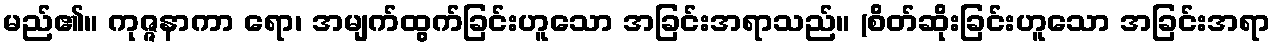
မည်၏။ ကုဇ္ဇနာကာ ရော၊ အမျက်ထွက်ခြင်းဟူသော အခြင်းအရာသည်။ (စိတ်ဆိုးခြင်းဟူသော အခြင်းအရာ